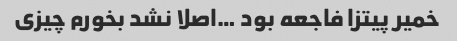
خمیر پیتزا فاجعه بود …اصلا نشد بخورم چیزی